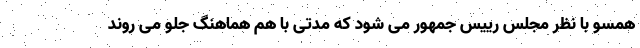
همسو با نظر مجلس رییس جمهور می شود که مدتی با هم هماهنگ جلو می روند